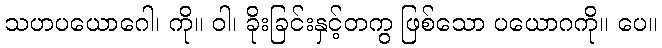
သဟပယောဂေါ၊ ကို။ ဝါ၊ ခိုးခြင်းနှင့်တကွ ဖြစ်သော ပယောဂကို။ ပေ။